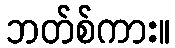
ဘတ်စ်ကား။